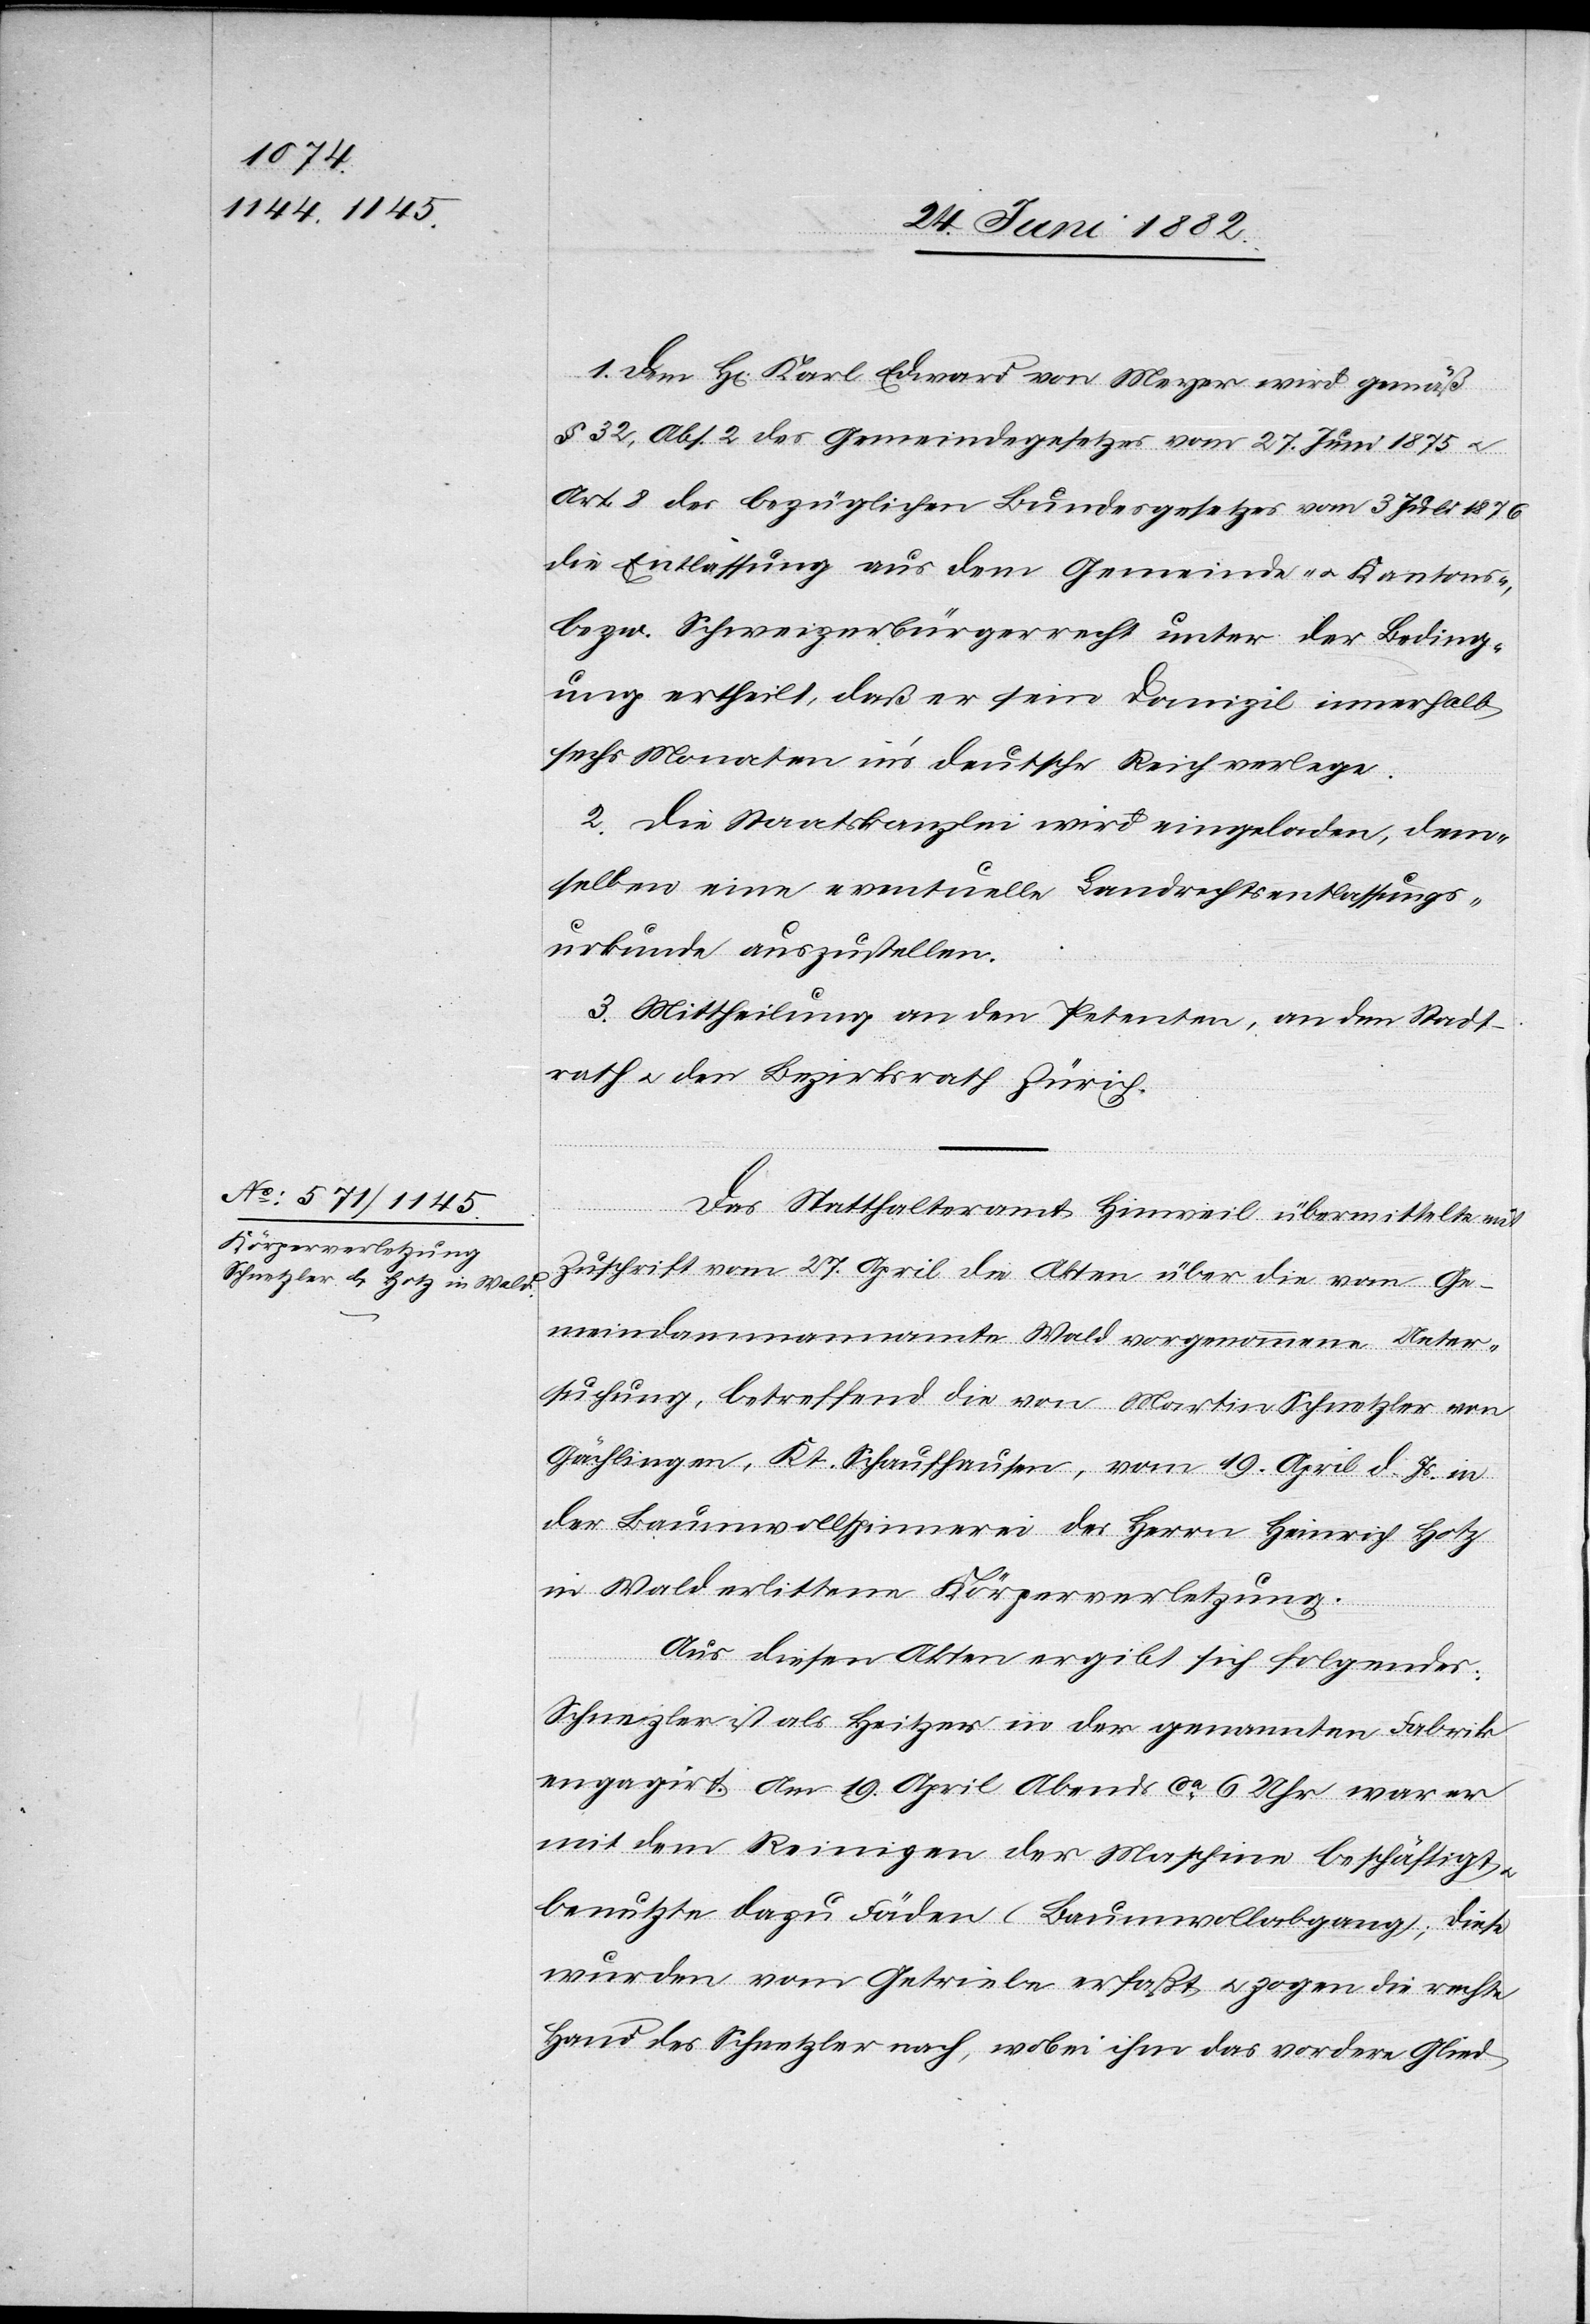
1. Dem H[rn]. Karl Edward von Meyer wird gemäß
§ 32, Abs. 2 des Gemeindegesetzes vom 27. Juni 1875 u.
Art. 8 des bezüglichen Bundesgesetzes vom 3. Juli 1876
die Entlassung aus dem Gemeinde- u. Kantons-
bezw. Schweizerbürgerrecht unter der Beding¬
ung ertheilt, daß er sein Domizil innerhalb
sechs Monaten in’s deutsche Reich verlegt.
2. Die Staatskanzlei wird eingeladen, dem¬
selben eine eventuelle Landrechtsentlassungs¬
urkunde auszustellen.
3. Mittheilung an den Petenten, an den Stadt¬
rath u. den Bezirksrath Zürich.
Das Statthalteramt Hinweil übermittelte mit
Zuschrift vom 27. April die Akten über die vom Ge¬
meindammannamte Wald vorgenommene Unter¬
suchung, betreffend die von Martin Schnetzler von
Gächlingen, Kt. Schaffhausen, vom 19. April d. Js. in
der Baumwollspinnerei des Herrn Heinrich Hotz
in Wald erlittene Körperverletzung.
Aus diesen Akten ergibt sich Folgendes:
Schnetzler ist als Heitzer [sic!] in der genannten Fabrik
engagirt. Am 19. April Abends ca 6 Uhr war er
mit dem Reinigen der Maschine beschäftigt
benutzte dazu Fäden (Baumwollabgang); diese
wurden vom Getriebe erfaßt u. zogen die rechte
Hand des Schnetzler nach, wobei ihm das vordere Glied